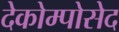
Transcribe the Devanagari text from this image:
देकोम्पोसेद